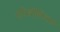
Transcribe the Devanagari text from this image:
एपिथीलिअल